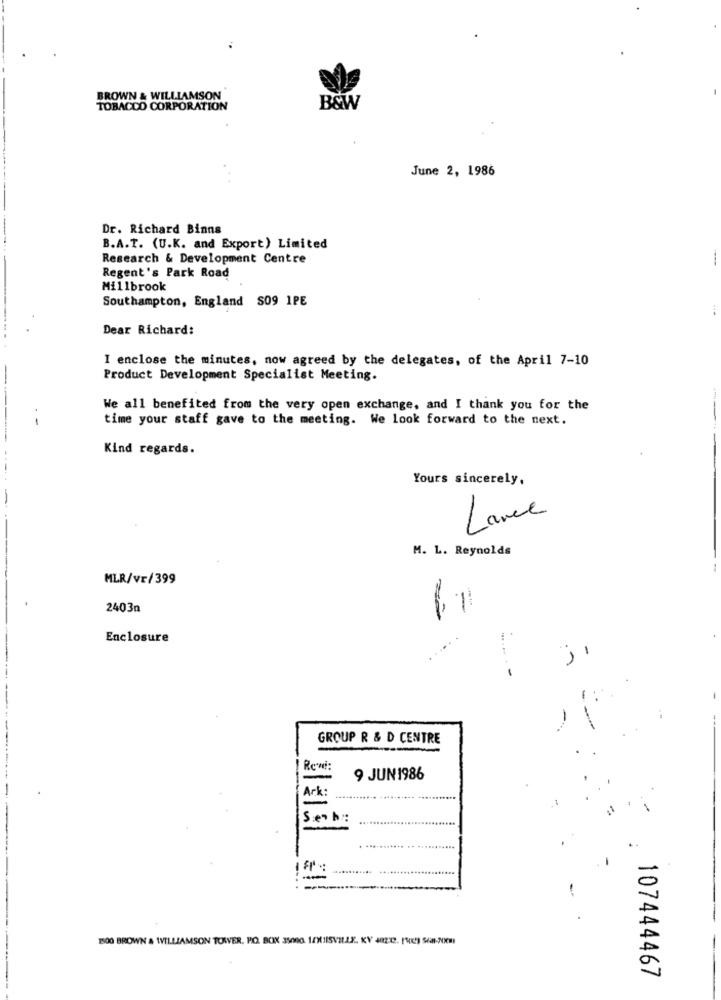
BROWN & WILLIAMSON
TOBACCO CORPORATION
B&W
June 2, 1986
Dr. Richard Binns
B.A.T. (U.K. and Export) Limited
Research & Development Centre
Regent's Park Road
Millbrook
Southampton, England S09 1PE
Dear Richard:
I enclose the minutes, now agreed by the delegates, of the April 7-10
Product Development Specialist Meeting.
We all benefited from the very open exchange, and I thank you for the
-
time your staff gave to the meeting. We look forward to the next.
Kind regards.
Yours sincerely.
Lavel
M. L. Reynolds
MLR/vr/399
=
2403n
Enclosure
....
GROUP R & D CENTRE
Rewi
-
9 JUN1986
Ark:
-
Sen h:
=
-...
1500 BROWN & WILLIAMSON TOWER. PO. BOX 35000. 10X1ISVILLE. KY 4822. [U] SAN-20KM)
107444467